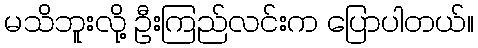
မသိဘူးလို့ ဦးကြည်လင်းက ပြောပါတယ်။